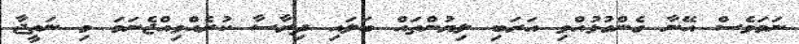
ނަމަވެސް އޭނާ ގެންގުޅުއްވި އަރަބި ލިޔުންތައް ބަލައި ދިރާސާ ކުރެއްވިއްޖެނަމަ މި ނަތީޖާ